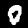
Label: 0